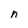
Character: n